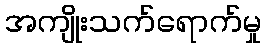
အကျိုးသက်ရောက်မှု